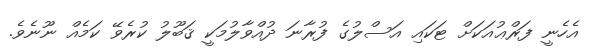
އެހެނީ ފަރްޢުއަކަށް ޓަކައި އަސްލުގެ ފުރާނަ ދުއްވާލުމަކީ ޤަބޫލު ކުރެވޭ ކަމެއް ނޫނެވެ.